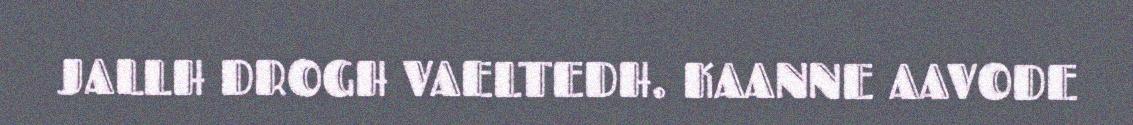
JALLH DROGH VAELTEDH. KAANNE AAVODE